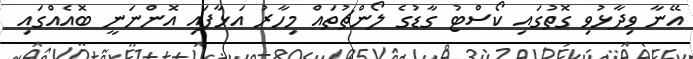
އޭނާ ވިދާޅުވި ގޮތުގައި ކޯސްޓު ގާޑުގެ ލޯންޗުތައް މިހާރު އަޅާފައި އޮންނަނީ ބޮއެއްގައި